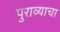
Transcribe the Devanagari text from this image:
पुराव्याचा